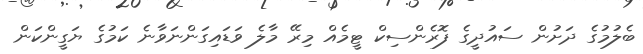
ބެލުމުގެ ދަށުން ސައުދީގެ ފޮރެންސިކް ޓީމެއް މިރޭ މާލެ ވަޑައިގަންނަވާނެ ކަމުގެ ޔަގީންކަން